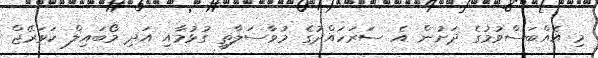
މި އެއްބަސްވުމުގެ ދަށުން އެ ސަރަހައްދުގެ މުވާސަލާތީ ގުޅުމާއި އަދި މޯބައިލް ކަވަރޭޖް